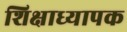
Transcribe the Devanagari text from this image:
शिक्षाध्यापक